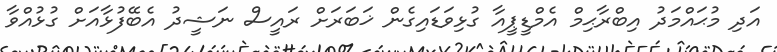
އަދި މުޙައްމަދު އިބްރާޙިމް އެމްޑީޕީއާ ގުޅިވަޑައިގެން ޚަބަރަށް ރައީސް ނަޝީދު އެބޭފުޅާއަށް ގުޅުއްވާ